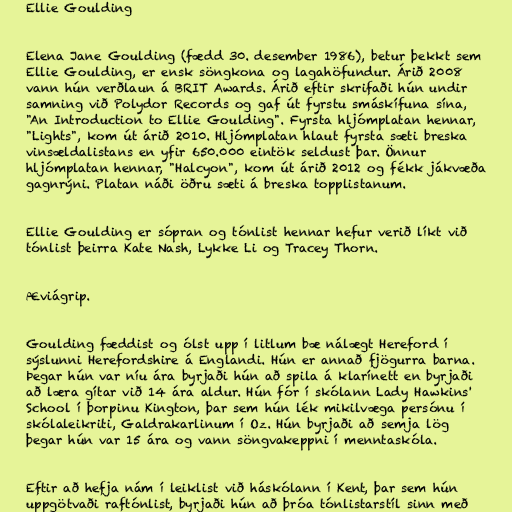
Ellie Goulding

Elena Jane Goulding (fædd 30. desember 1986), betur þekkt sem
Ellie Goulding, er ensk söngkona og lagahöfundur. Árið 2008
vann hún verðlaun á BRIT Awards. Árið eftir skrifaði hún undir
samning við Polydor Records og gaf út fyrstu smáskífuna sína,
"An Introduction to Ellie Goulding". Fyrsta hljómplatan hennar,
"Lights", kom út árið 2010. Hljómplatan hlaut fyrsta sæti breska
vinsældalistans en yfir 650.000 eintök seldust þar. Önnur
hljómplatan hennar, "Halcyon", kom út árið 2012 og fékk jákvæða
gagnrýni. Platan náði öðru sæti á breska topplistanum.

Ellie Goulding er sópran og tónlist hennar hefur verið líkt við
tónlist þeirra Kate Nash, Lykke Li og Tracey Thorn.

Æviágrip.

Goulding fæddist og ólst upp í litlum bæ nálægt Hereford í
sýslunni Herefordshire á Englandi. Hún er annað fjögurra barna.
Þegar hún var níu ára byrjaði hún að spila á klarínett en byrjaði
að læra gítar við 14 ára aldur. Hún fór í skólann Lady Hawkins'
School í þorpinu Kington, þar sem hún lék mikilvæga persónu í
skólaleikriti, Galdrakarlinum í Oz. Hún byrjaði að semja lög
þegar hún var 15 ára og vann söngvakeppni í menntaskóla.

Eftir að hefja nám í leiklist við háskólann í Kent, þar sem hún
uppgötvaði raftónlist, byrjaði hún að þróa tónlistarstíl sinn með